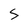
Character: S